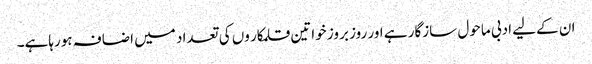
ان کےلیے ادبی ماحول سازگار ہے اور روز بروز خواتین قلمکار وں کی تعداد میں اضافہ ہورہاہے۔